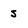
Character: s